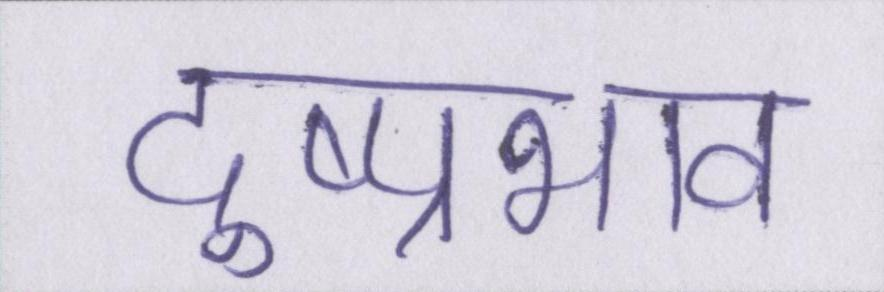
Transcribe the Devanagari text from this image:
दुष्प्रभाव